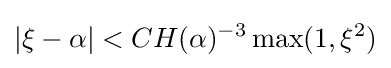
|\xi -\alpha |<CH(\alpha )^{-3}\max(1,\xi ^{2})